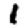
Digit: 1